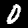
Label: 0